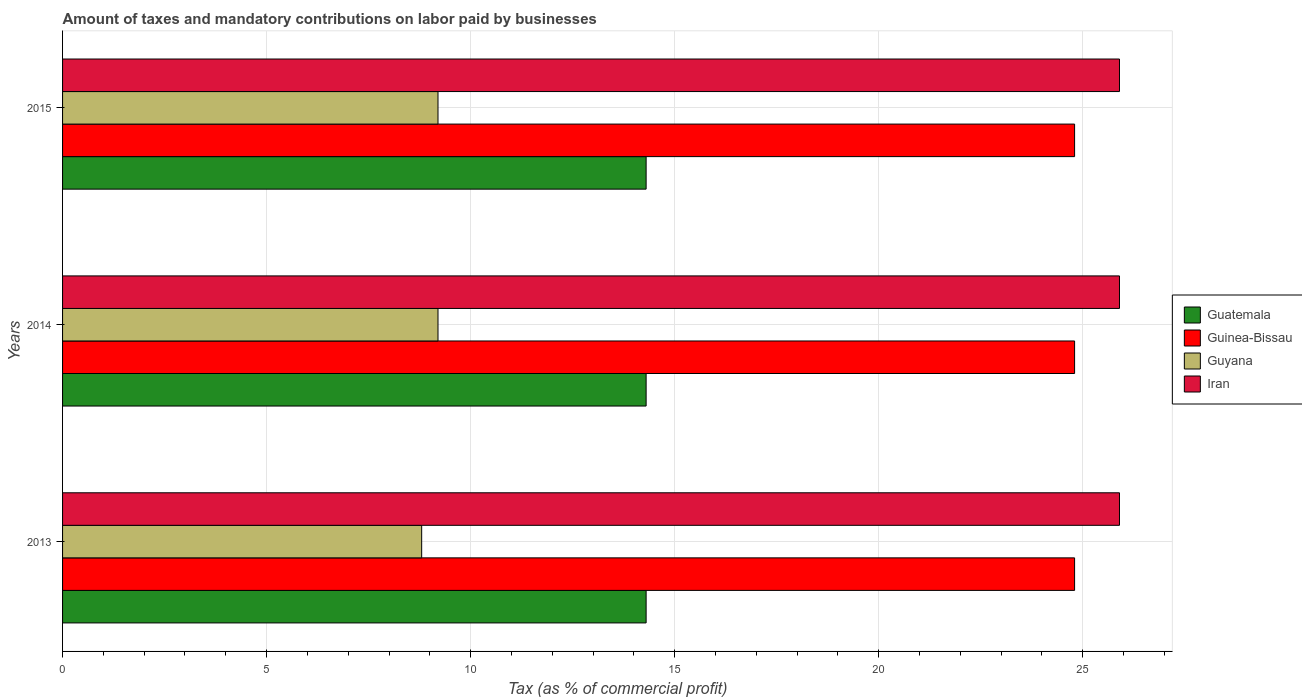
| Years | Guatemala | Guinea-Bissau | Guyana | Iran |
 | --- | --- | --- | --- | --- |
 | 2013 | 14.3 | 24.8 | 8.8 | 25.9 |
 | 2014 | 14.3 | 24.8 | 9.2 | 25.9 |
 | 2015 | 14.3 | 24.8 | 9.2 | 25.9 |